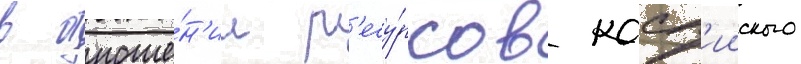
в отноше́н'ии р'есу́рсов касп'ииского